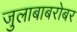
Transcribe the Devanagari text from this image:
जुलाबाबरोबर